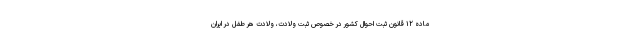
ماده ۱۲ قانون ثبت احوال کشور در خصوص ثبت ولادت، ولادت هر طفل در ایران